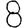
Digit: 8